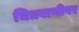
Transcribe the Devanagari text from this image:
चित्रवाणीवर